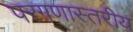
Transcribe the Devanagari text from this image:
परगणास्तरीय